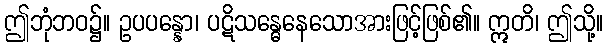
ဤဘုံဘဝ၌။ ဥပပန္နော၊ ပဋိသန္ဓေနေသောအားဖြင့်ဖြစ်၏။ ဣတိ၊ ဤသို့။